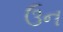
ઉન